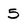
Character: 5